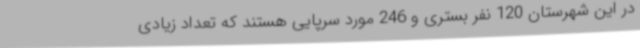
در این شهرستان 120 نفر بستری و 246 مورد سرپایی هستند که تعداد زیادی